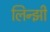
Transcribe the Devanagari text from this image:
लिन्झी